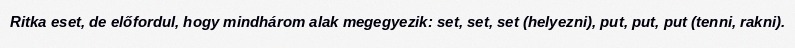
Ritka eset, de előfordul, hogy mindhárom alak megegyezik: set, set, set (helyezni), put, put, put (tenni, rakni).